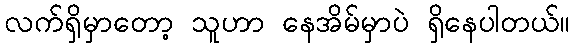
လက်ရှိမှာတော့ သူဟာ နေအိမ်မှာပဲ ရှိနေပါတယ်။